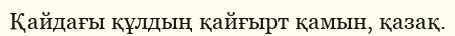
Қайдағы құлдың қайғырт қамын, қазақ.